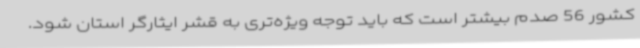
کشور 56 صدم بیشتر است که باید توجه ویژه‌تری به قشر ایثارگر استان شود.